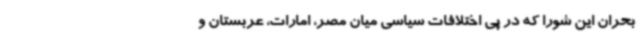
بحران این شورا که در پی اختلافات سیاسی میان مصر، امارات، عربستان و